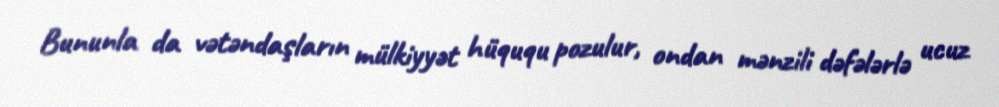
Bununla da vətəndaşların mülkiyyət hüququ pozulur, ondan mənzili dəfələrlə ucuz